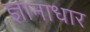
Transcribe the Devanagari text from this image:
ज्ञानाधार